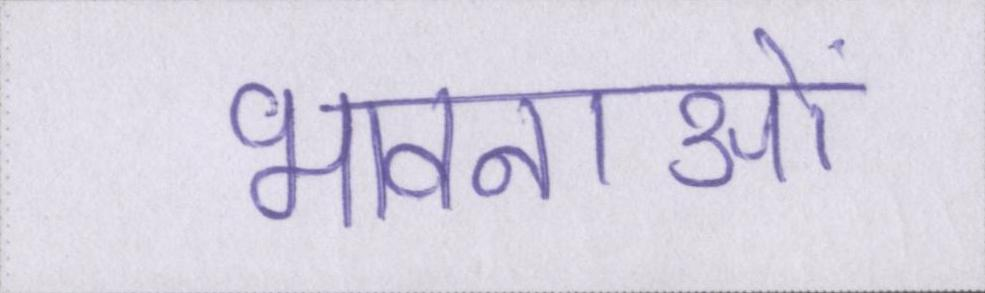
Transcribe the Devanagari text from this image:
भावनाओं